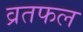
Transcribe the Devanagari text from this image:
व्रतफल